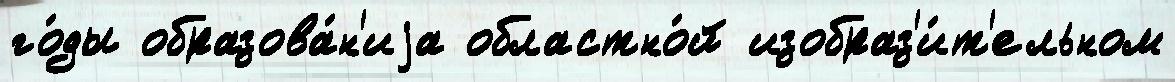
го́ды образова́н'иjа областно́й изобраз'и́т'ельном